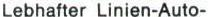
Lebhafter Linien-Auto-